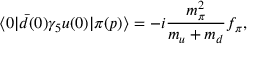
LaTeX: \langle 0 | \bar { d } ( 0 ) \gamma _ { 5 } u ( 0 ) | \pi ( p ) \rangle = - i \frac { m _ { \pi } ^ { 2 } } { m _ { u } + m _ { d } } f _ { \pi } ,